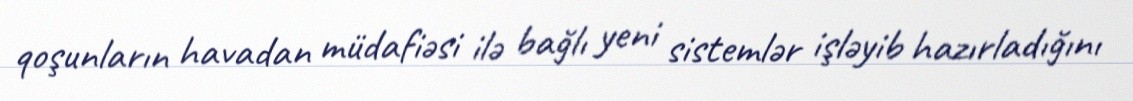
qoşunların havadan müdafiəsi ilə bağlı yeni sistemlər işləyib hazırladığını